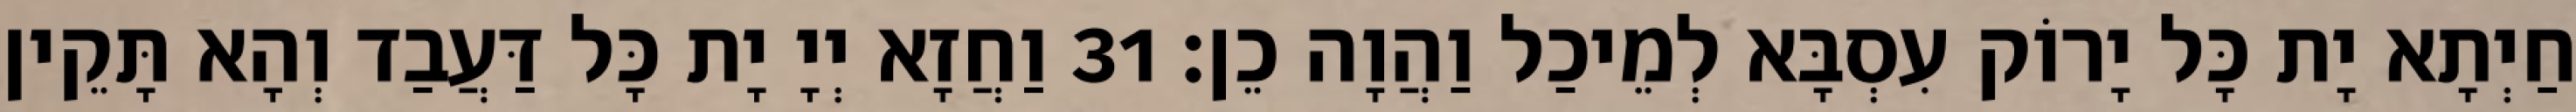
חַיְתָא יָת כָּל יָרוֹק עִסְבָּא לְמֵיכַל וַהֲוָה כֵן׃ 31 וַחֲזָא יְיָ יָת כָּל דַּעֲבַד וְהָא תָּקֵין